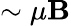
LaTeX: \sim\mu\mathbf{B}